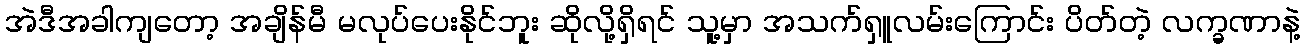
အဲဒီအခါကျတော့ အချိန်မီ မလုပ်ပေးနိုင်ဘူး ဆိုလို့ရှိရင် သူ့မှာ အသက်ရှူလမ်းကြောင်း ပိတ်တဲ့ လက္ခဏာနဲ့